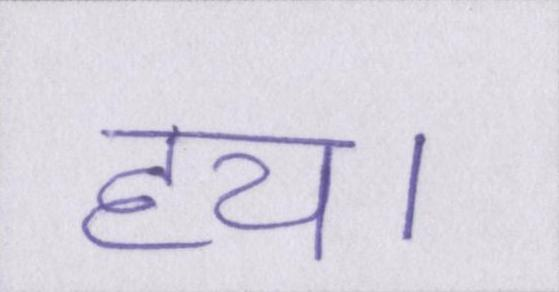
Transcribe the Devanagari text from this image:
हय।